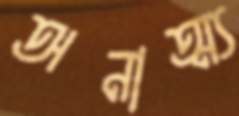
অনাত্ম্য